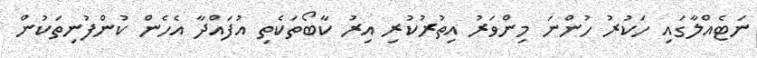
ނަޓެއްލާގައި ހަކުރު ހުންނަ މިންވަރު އިތުރުކުރި އިރު ކާބޯތަކެތި އުފައްދާ އެހެން ކުންފުނިތަކުން